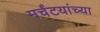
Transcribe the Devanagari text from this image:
मर्चंटयांच्या